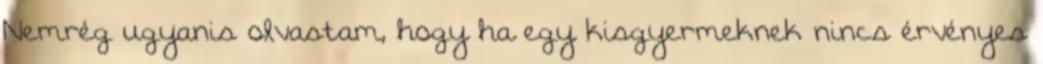
Nemrég ugyanis olvastam, hogy ha egy kisgyermeknek nincs érvényes